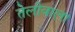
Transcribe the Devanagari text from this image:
तेलीवाला